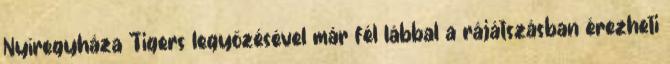
Nyíregyháza Tigers legyőzésével már fél lábbal a rájátszásban érezheti